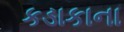
કડાકાના